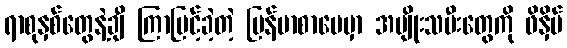
ရာစုနှစ်တွေနဲ့ချီ ကြာမြင့်ခဲ့တဲ့ မြန်မာစာပေမှာ အမျိုးသမီးတွေကို ဖိနှိပ်